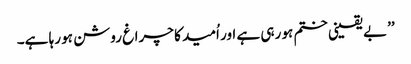
’’بے یقینی ختم ہو رہی ہے اور اُمید کا چراغ روشن ہو رہا ہے۔